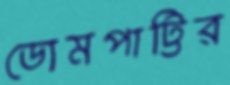
ডোমপাট্টির